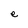
Character: e